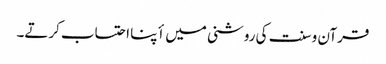
قرآن و سنت کی روشنی میں أپنا احتساب کرتے۔